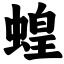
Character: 蝗